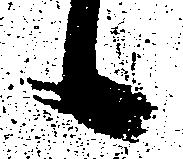
候